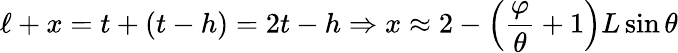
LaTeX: \ell+x=t+(t-h)=2t-h\Rightarrow x\approx 2-\left({\frac{\varphi}{\theta}}+1\right)L\sin\theta